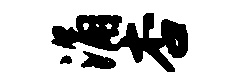
涌杏